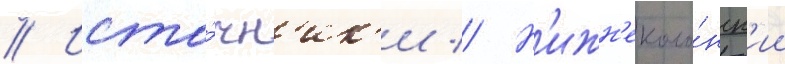
// Исто́чн'ик'и // Н'ижн'еколо́нск'ии